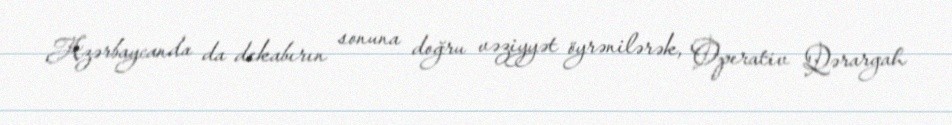
Azərbaycanda da dekabırın sonuna doğru vəziyyət öyrənilərək, Operativ Qərargah